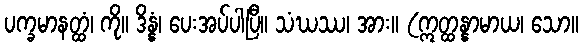
ပက္ခမာနတ္ထံ၊ ကို။ ဒိန္နံ၊ ပေးအပ်ပါပြီ။ သံဃဿ၊ အား။ (ဣတ္ထန္နာမာယ၊ သော။